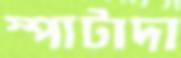
স্পাটাদা